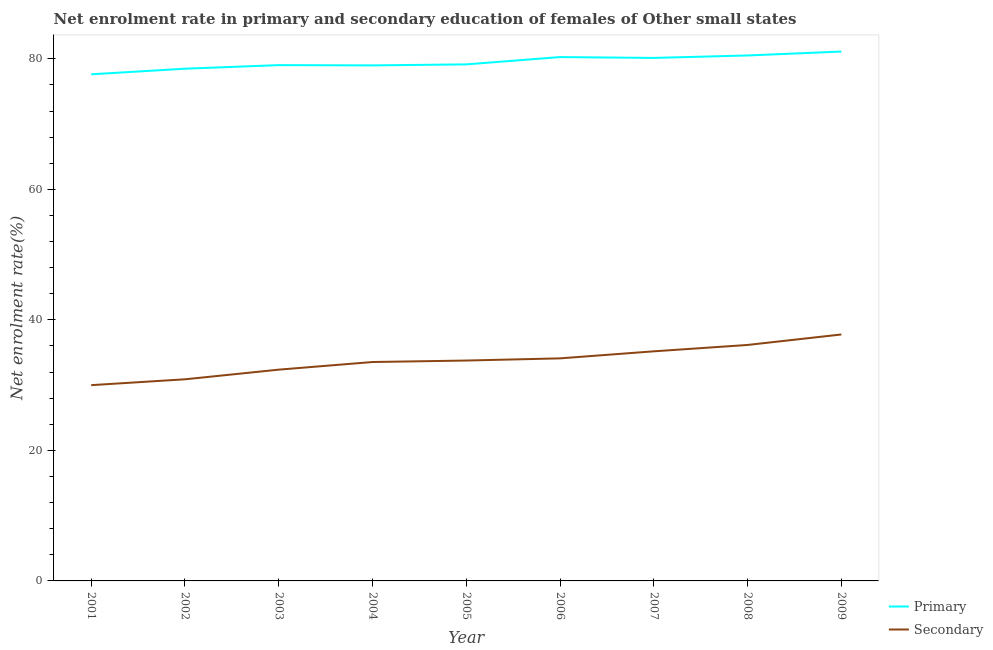
| Year | Primary | Secondary |
 | --- | --- | --- |
 | 2001 | 77.6 | 30 |
 | 2002 | 78.5 | 30.9 |
 | 2003 | 79 | 32.4 |
 | 2004 | 79 | 33.5 |
 | 2005 | 79.1 | 33.8 |
 | 2006 | 80.3 | 34.1 |
 | 2007 | 80.1 | 35.2 |
 | 2008 | 80.5 | 36.2 |
 | 2009 | 81.1 | 37.8 |